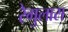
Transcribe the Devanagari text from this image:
रेगुलास